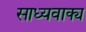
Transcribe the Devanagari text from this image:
साध्यवाक्य